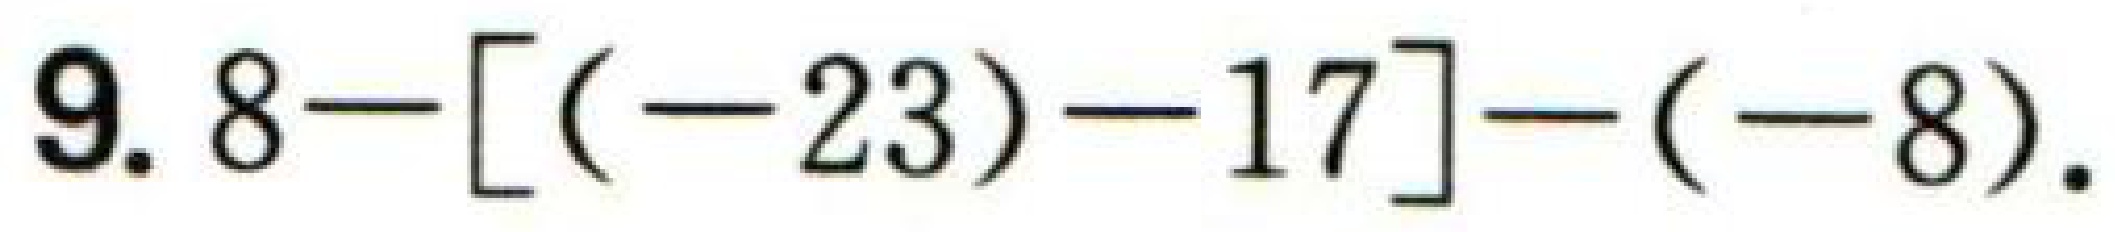
9. \(8-[(-23)-17]-(-8)\).